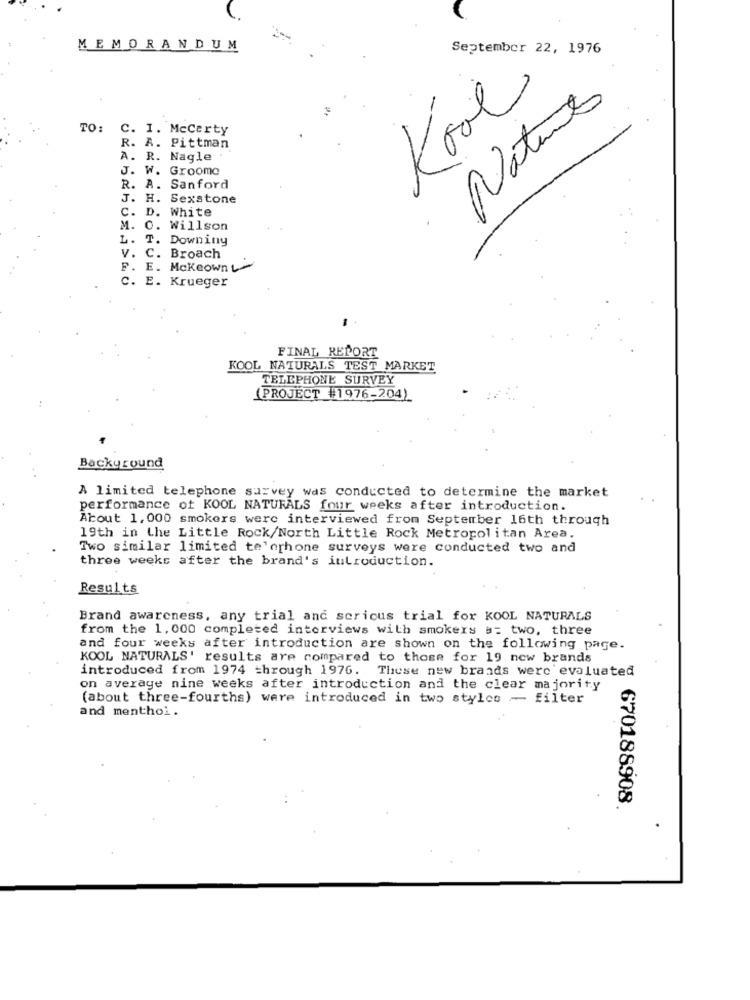
MEMORANDUM
September 22, 1976
Kool
Nature
TO:
C. I. Mccarty
R. A. Pittman
A. R. Nagle
J. W. Groomo
R. A. Sanford
J. H.
Sexstone
C. D. White
M. O.
Willson
L. T.
Downing
V.
C. Broach
E. Mckeown L
C. E. Krueger
FINAL REPORT
KOOL NATURALS TEST MARKET
TELEPHONE SURVEY
(PROJECT #1976-204)
Background
A limited telephone survey was conducted to determine the market
performance of KOOL NATURALS four weeks after introduction.
About 1,000 smokers were interviewed from September 16th through
19th in the Little Rock/North Little Rock Metropolitan Area.
Two similar limited te'erhone surveys were conducted two and
three weeks after the brand's introduction.
Results
Brand awareness, any trial and sericus trial for KOOL NATURALS
from the 1, 000 completed interviews with smokers a= two, three
and four weeks after introduction are shown on the following page.
KOOL NATURALS' results are compared to those for 19 new brands
introduced from 1974 through 1976. These new brands werc evaluated
on average nine weeks after introduction and the clear majority
(about three-fourths) were introduced in two styles - filter
and menthol .
670188908